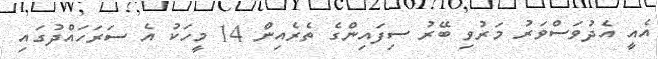
އެއީ އެދުވަސްވަރު މަރުވި ބޭރު ސިފައިންގެ ތެރެއިން 14 މީހަކު އެ ސަރަހައްދުގައި